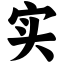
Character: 实